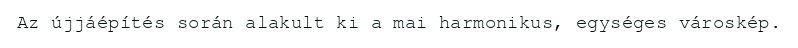
Az újjáépítés során alakult ki a mai harmonikus, egységes városkép.